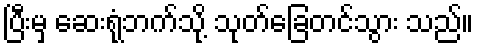
ပြီးမှ ဆေးရုံဘက်သို့ သုတ်ခြေတင်သွား သည်။